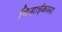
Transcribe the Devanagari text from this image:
गिऱ्हाईकाला